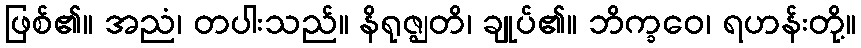
ဖြစ်၏။ အညံ၊ တပါးသည်။ နိရုဇ္ဈတိ၊ ချုပ်၏။ ဘိက္ခဝေ၊ ရဟန်းတို့။